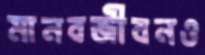
মানবজীবনও